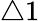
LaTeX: \triangle 1